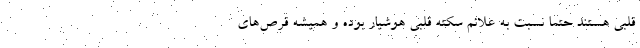
قلبی هستند حتماً نسبت به علائم سکته قلبی هوشیار بوده و همیشه قرص‌های